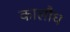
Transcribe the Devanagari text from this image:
कालौघ